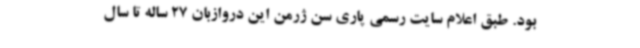
بود. طبق اعلام سایت رسمی پاری سن ژرمن این دروازبان 27 ساله تا سال